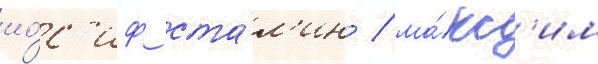
ио́с'иф ста́л'ин / ма́кс'им